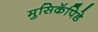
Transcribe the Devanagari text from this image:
मुसिकॅपिडे